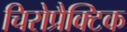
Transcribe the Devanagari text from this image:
चिरोप्रैक्टिक